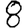
Digit: 8